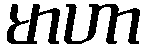
မာဟာ